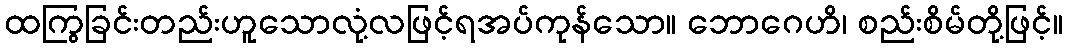
ထကြွခြင်းတည်းဟူသောလုံ့လဖြင့်ရအပ်ကုန်သော။ ဘောဂေဟိ၊ စည်းစိမ်တို့ဖြင့်။